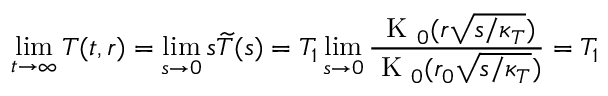
\operatorname* { l i m } _ { t \to \infty } T ( t , r ) = \operatorname* { l i m } _ { s \to 0 } s \widetilde { T } ( s ) = T _ { 1 } \operatorname* { l i m } _ { s \to 0 } \frac { \mathrm { ~ K ~ } _ { 0 } ( r \sqrt { s / \kappa _ { T } } ) } { \mathrm { ~ K ~ } _ { 0 } ( r _ { 0 } \sqrt { s / \kappa _ { T } } ) } = T _ { 1 }